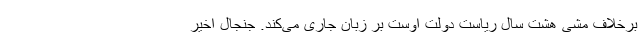
برخلاف مشی هشت سال ریاست دولت اوست بر زبان جاری می‌کند. جنجال اخیر